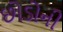
છોડોની